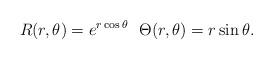
LaTeX: \begin{align*} R(r,\theta )=e^{r\cos \theta }\ \ \Theta (r,\theta )=r\sin \theta . \end{align*}